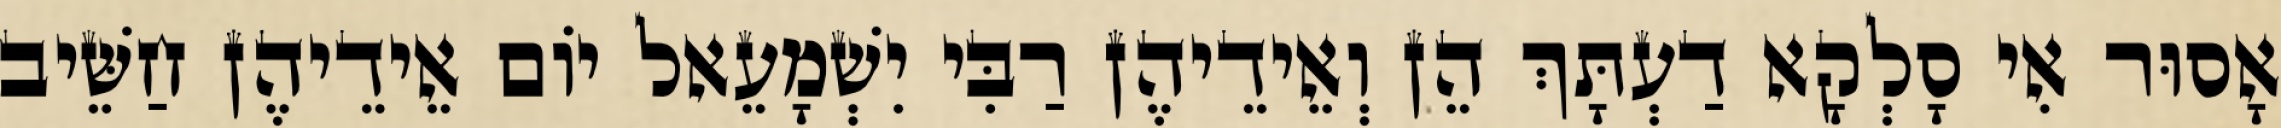
אָסוּר אִי סָלְקָא דַעְתָּךְ הֵן וְאֵידֵיהֶן רַבִּי יִשְׁמָעֵאל יוֹם אֵידֵיהֶן חַשֵּׁיב